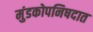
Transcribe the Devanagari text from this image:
मुंडकोपनिषदात